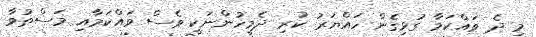
މި ދެ ވައްކަމާ ގުޅިގެން ހައްޔަރު ކުރި ދެމީހުންނަކީ ވެސް ވައްކަމާއި މަސްތުވާ